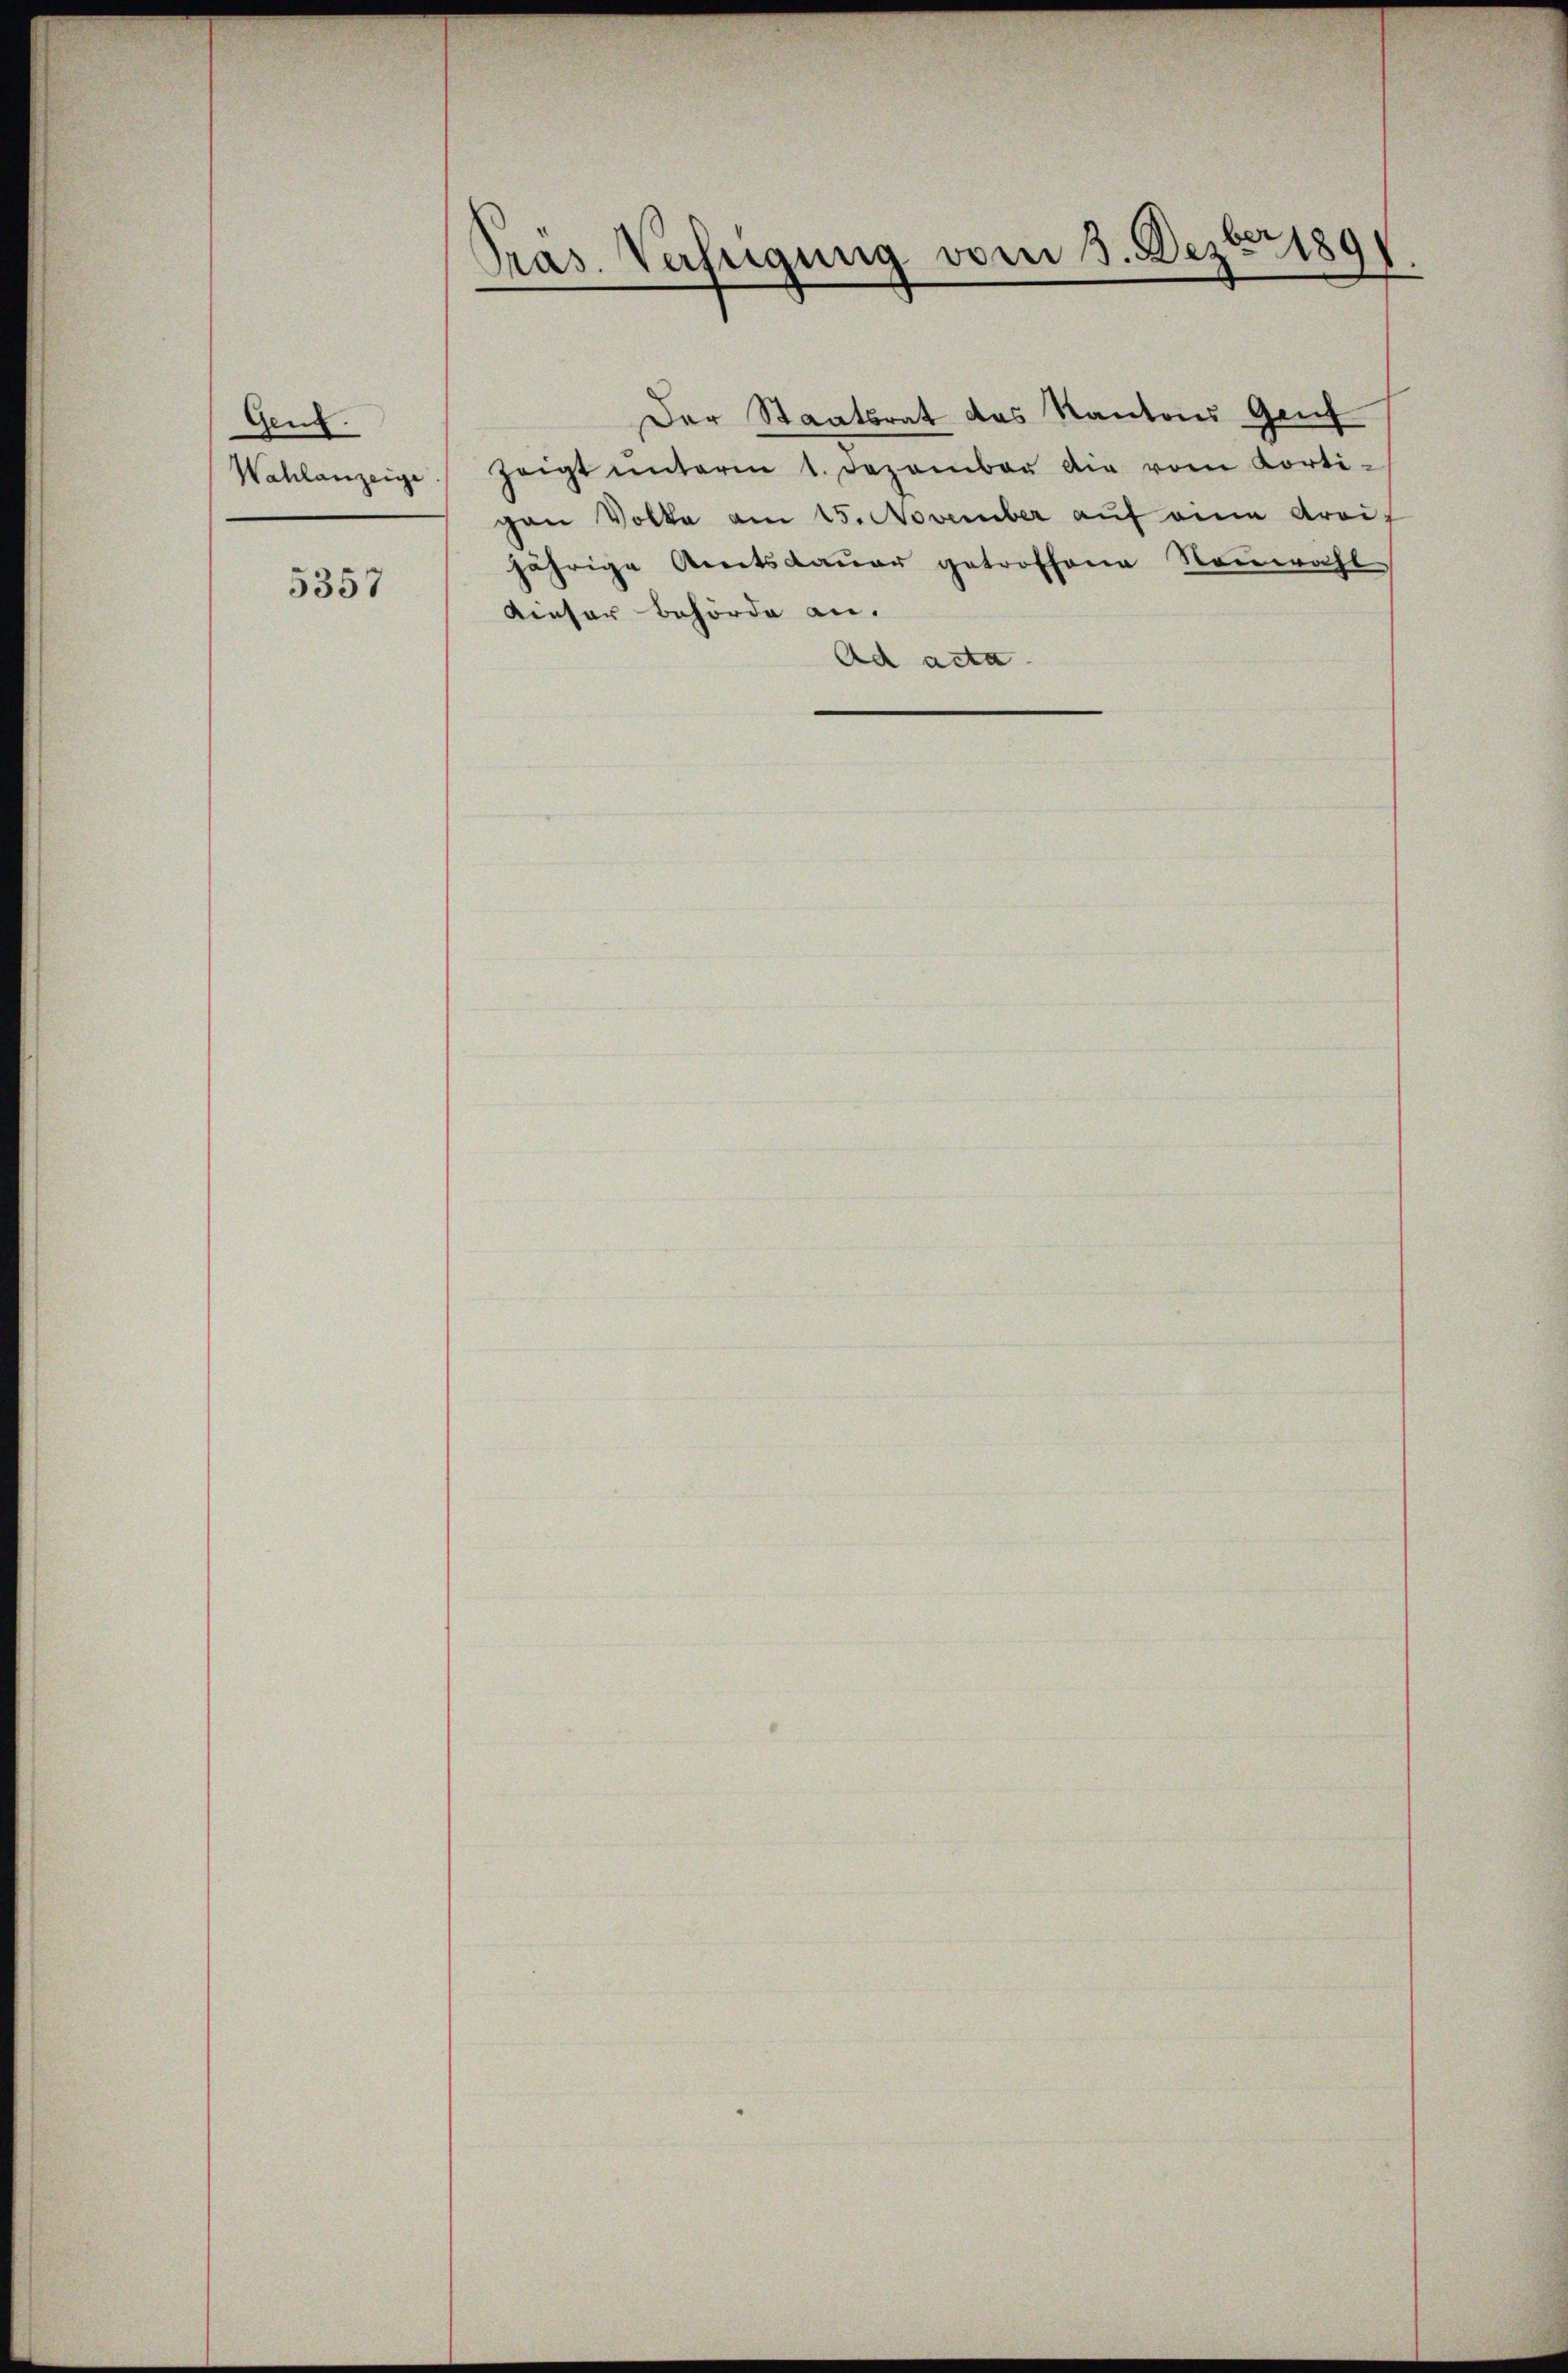
Genz.
Wahlanzeige

5357

Präs. Verfügung vom 3. Dezbr 189

Der Staatsrat das Kantons Genf
zeigt ŭnterm 1. Dezember die vom Korti-
gan Volke am 15. November auf eine droit
jährige Amtsdauer getroffene Neuwahl
Kieser Behörde an.
Ad acta